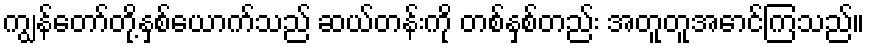
ကျွန်တော်တို့နှစ်ယောက်သည် ဆယ်တန်းကို တစ်နှစ်တည်း အတူတူအောင်ကြသည်။